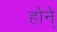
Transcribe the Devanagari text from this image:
होने्